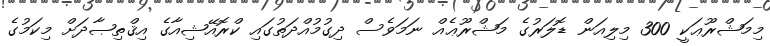
މިމަޝްރޫޢަކީ 300 މިލިއަން ޑޮލަރުގެ މަޝްރޫޢެއް ނަމަވެސް ދިގުމުއްދަތުގައި ކްރޮއޭޝިއާގެ އިޤްތިޞާދަށް މިކަމުގެ